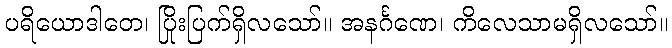
ပရိယောဒါတေ၊ ပြိုးပြက်ရှိလသော်။ အနင်္ဂဏေ၊ ကိလေသာမရှိလသော်။